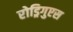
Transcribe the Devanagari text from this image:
रोड्रिगुएस